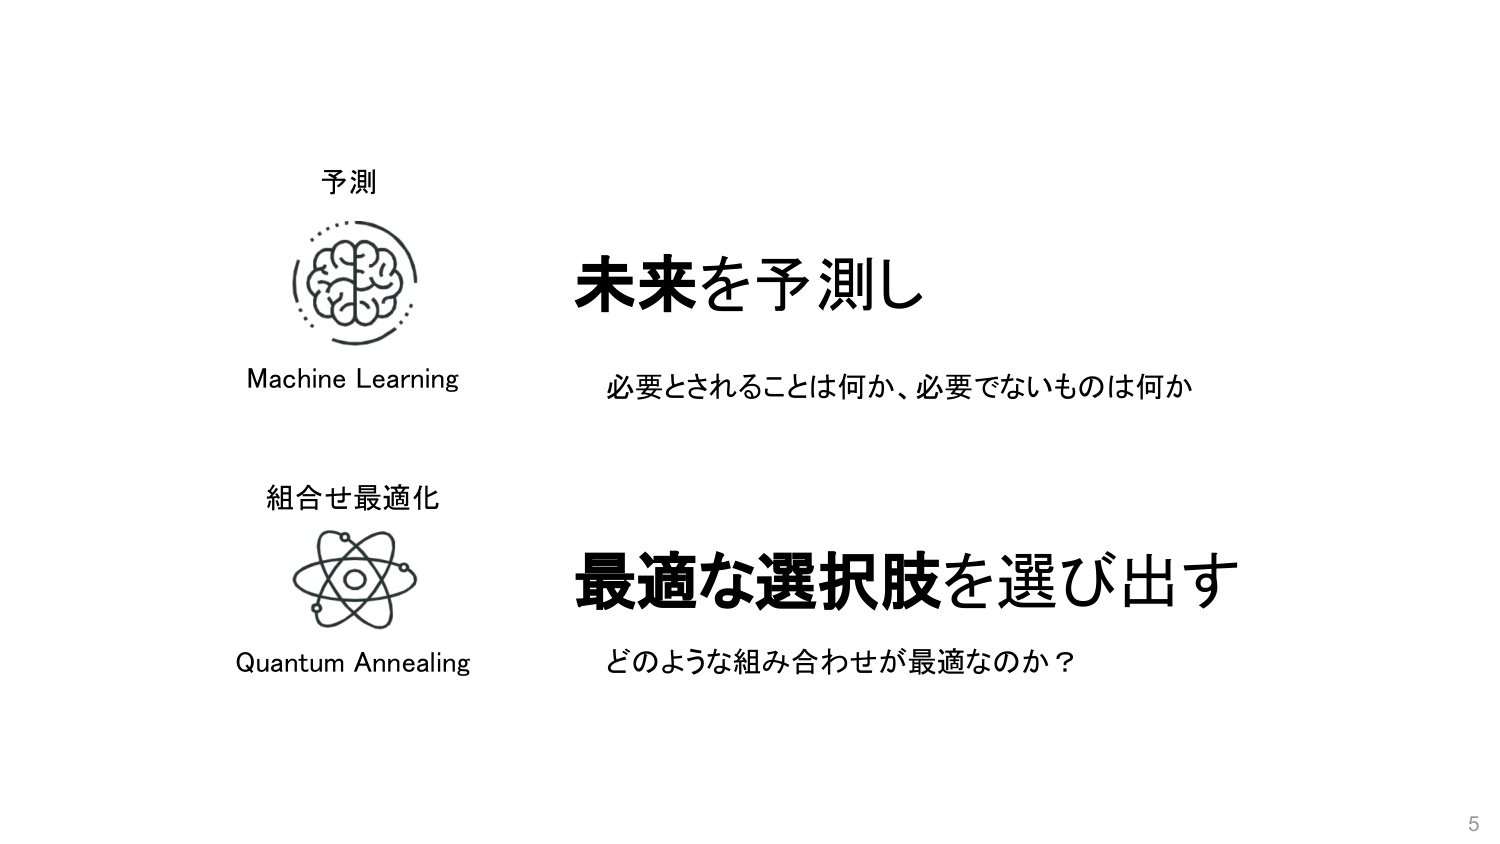
予測
Machine Learning
未来を予測し
必要とされることは何か、必要でないものは何か
組合せ最適化
Quantum Annealing
最適な選択肢を選び出す
どのような組み合わせが最適なのか？
5